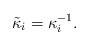
LaTeX: \begin{align*}\tilde{\kappa}_i = \kappa_i^{-1}.\end{align*}